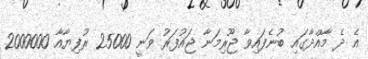
އެ ދެ މާއްދާގައި ބުނެފައިވާ ޖޫރިމަނާ ޖައުފަރު ވަނީ 25000 ރުފިޔާއާ 2000000